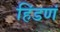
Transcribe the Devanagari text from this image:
हिंडणं